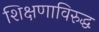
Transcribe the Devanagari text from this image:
शिक्षणाविरुद्ध